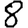
Digit: 8